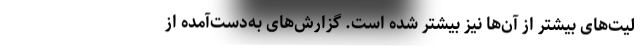
لیت‌های بیشتر از آن‌ها نیز بیشتر شده است. گزارش‌های به‌دست‌آمده از